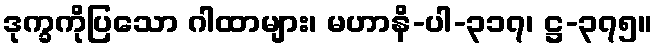
ဒုက္ခကိုပြသော ဂါထာများ၊ မဟာနိ-ပါ-၃၁၇၊ ဋ္ဌ-၃၇၅။